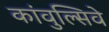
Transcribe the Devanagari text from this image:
कांवुल्सिवे